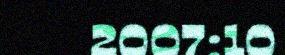
2007:10